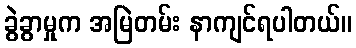
ခွဲခွာမှုက အမြဲတမ်း နာကျင်ရပါတယ်။